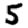
Digit: 5